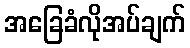
အခြေခံလိုအပ်ချက်